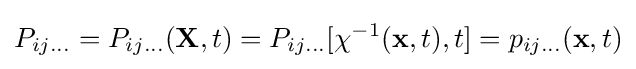
P_{ij\ldots }=P_{ij\ldots }(\mathbf {X} ,t)=P_{ij\ldots }[\chi ^{-1}(\mathbf {x} ,t),t]=p_{ij\ldots }(\mathbf {x} ,t)